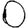
Digit: 0